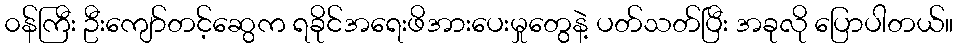
၀န်ကြီး ဦးကျော်တင့်ဆွေက ရခိုင်အရေးဖိအားပေးမှုတွေနဲ့ ပတ်သတ်ပြီး အခုလို ပြောပါတယ်။